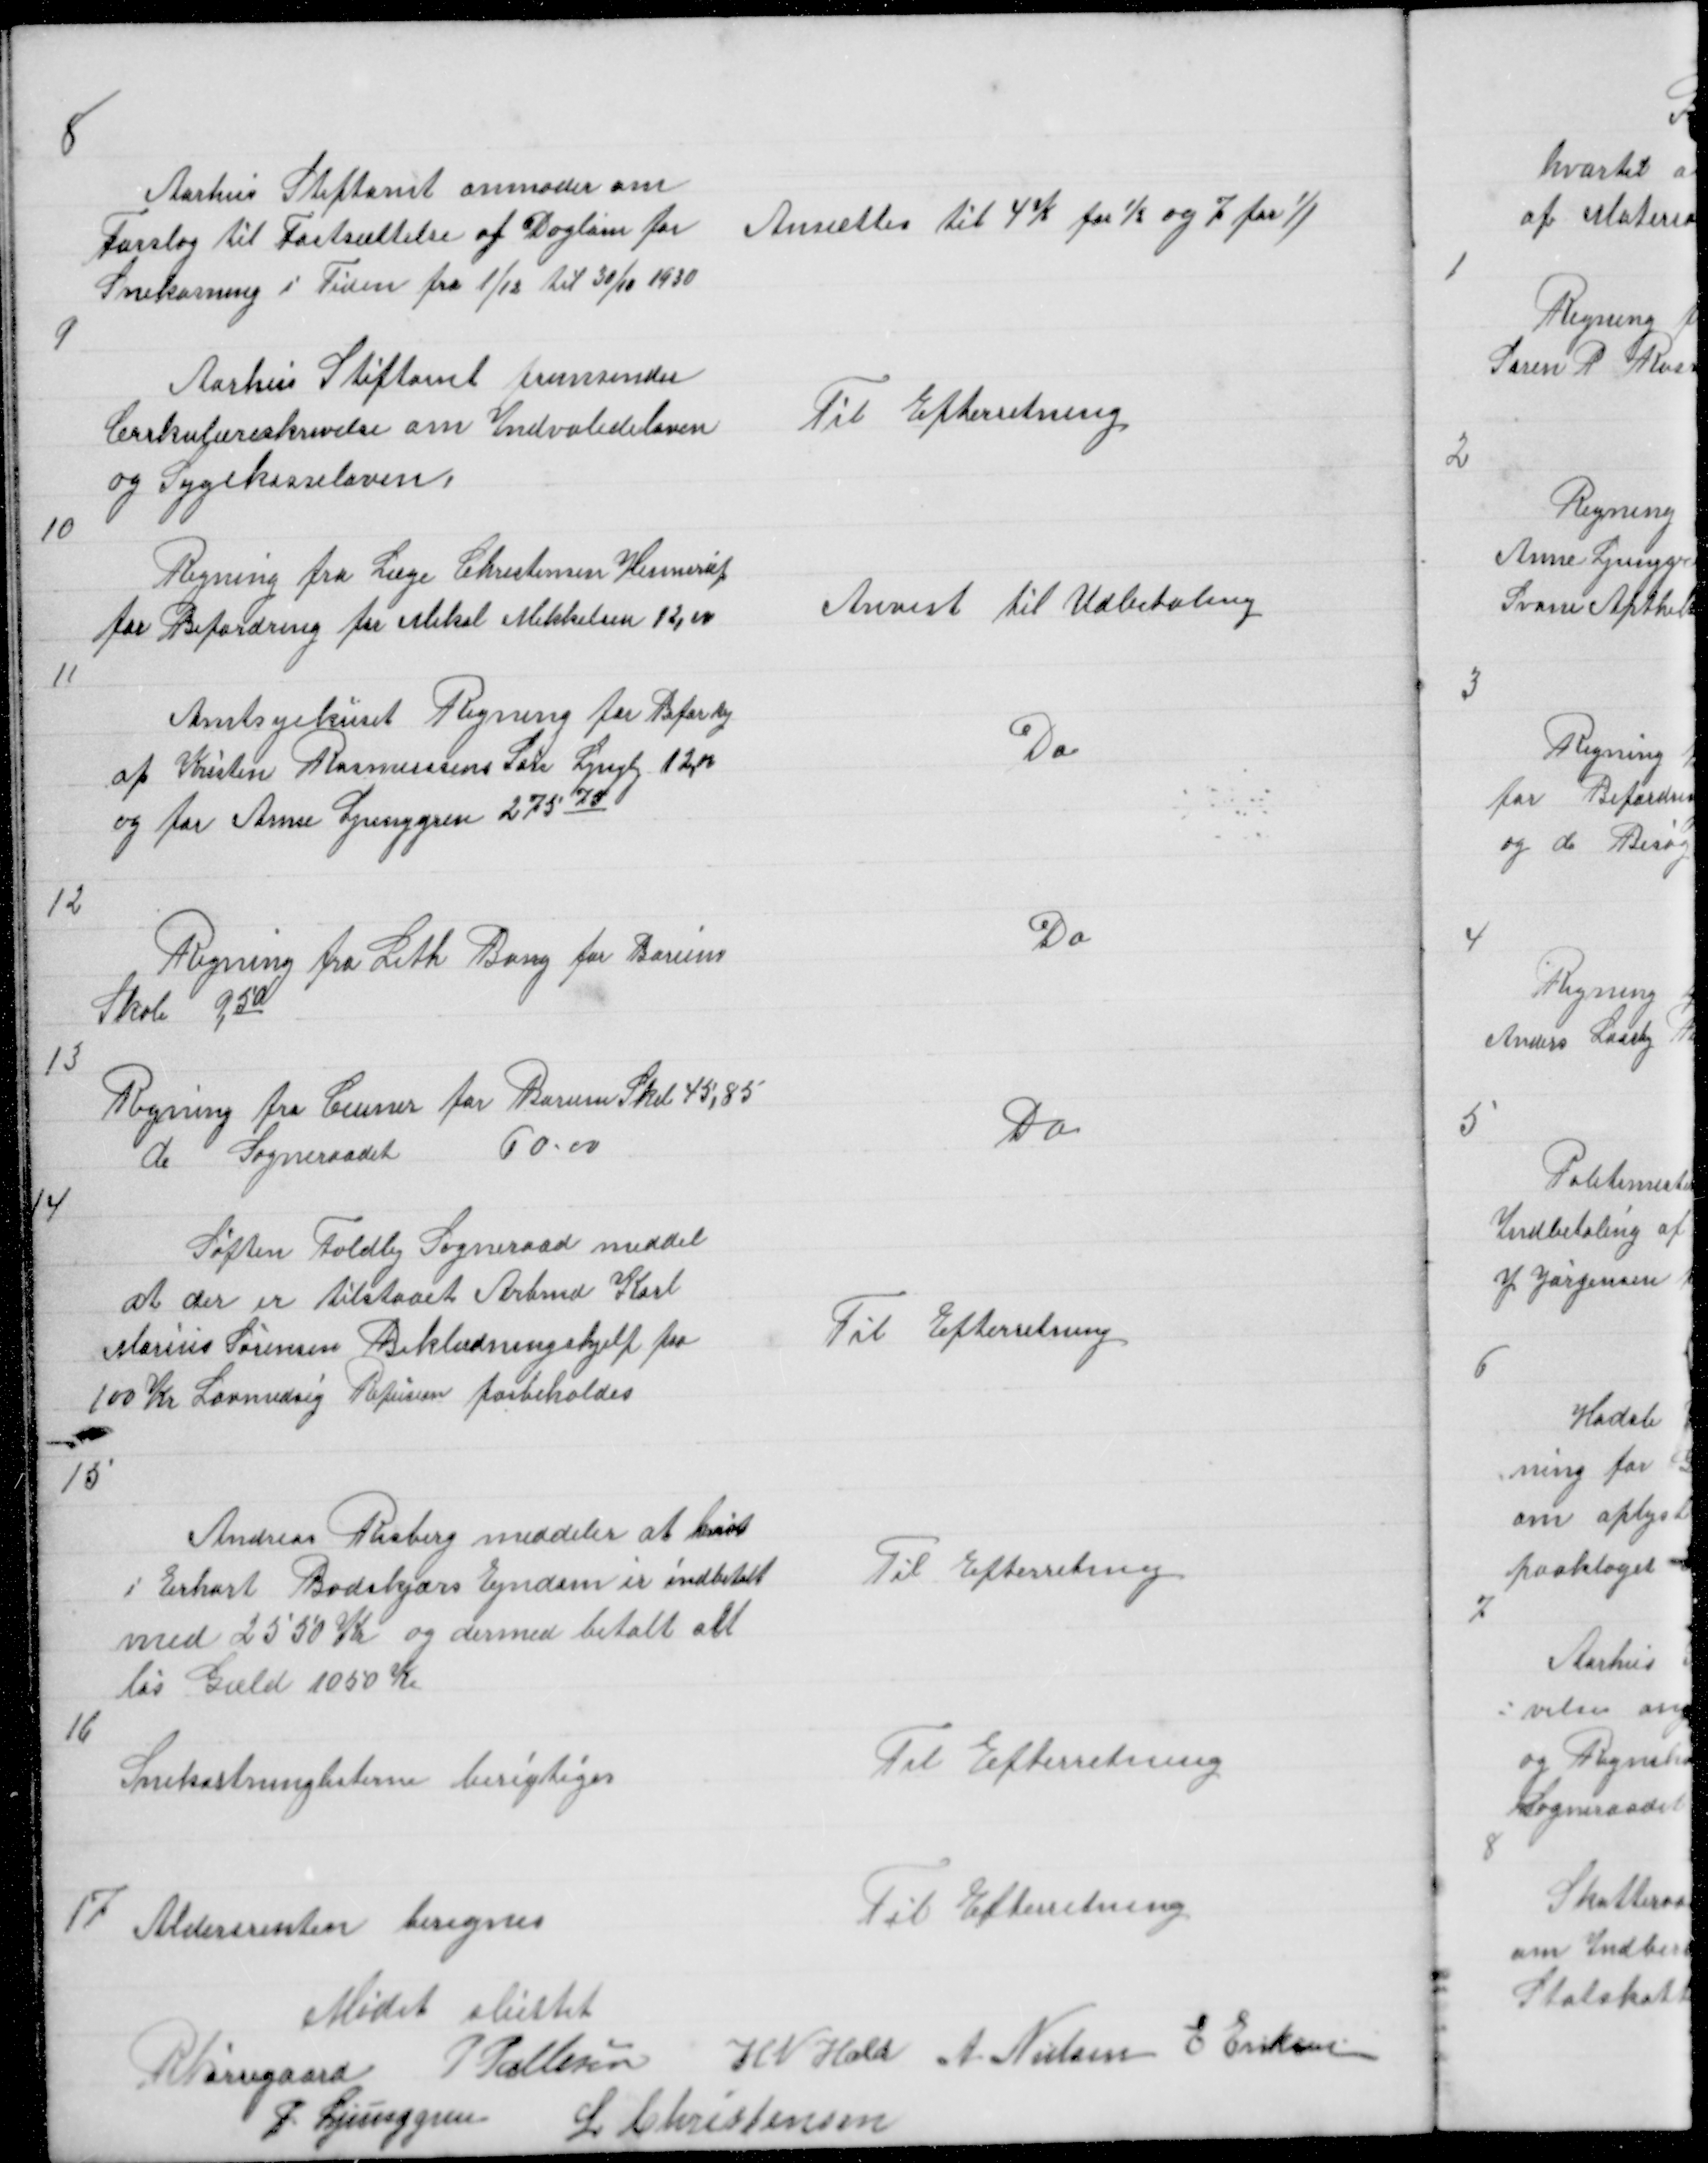
Transskription:
8

Aarhus Stiftamt anmoder om
Forslag til Fastsættelse af Dagløn for
Snekastning i Tiden fra 1/12 til  30/10 1930

Ansættes til 4 K for ½ og 7 for 1/1

9

Aarhus Stiftamt fremsender
Cirkulæreskrivelse om Indvalideloven
og Sygekasseloven

Til Efterretning

10

Regning fra Læge Christensen Hinnerup
for Befordring for Mikal  Mikkelsen 12,00

Anvist til Udbetaling

11

Amtsygehuset Regning for Befordg
af Kristen Rasmussens Søn Lyngby 12,00
og for Anne Ljunggren 27575

Do

12

Regning fra Leth Bang for Borum
Skole 9,50

Do

13

Regning fra Ceuner for Borum Skol 45,85
do Sogneraadet
60,00

Do

14

Søften Foldby Sogneraad meddel
at der er tilstaaet Arbmd Karl
Marius Sørensen Beklædningshjelp paa
100 Kr Lovmedsig Refusion forbeholdes

Til Efterretning

15

Andreas Risberg meddeler at
i Erhart Bodskjærs Ejndom er indbetalt
med 2550 Kr og dermed er betalt alt
løs Gæld 1050 Kr

Til Efterretning

16

Snekastninglisterne berigtiges

Til Efterretning

17

Aldersrenten beregnes

Til Efterretning

Mødet sluttet
R Nørregaard P Pallesen
H N Hald A Nielsen E Eriksen
P. Ljunggren
L Christensen